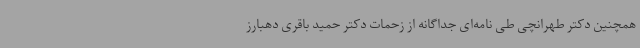
همچنین دکتر طهرانچی طی نامه‌ای جداگانه از زحمات دکتر حمید باقری دهبارز